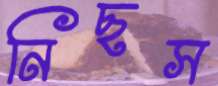
নিছস